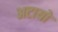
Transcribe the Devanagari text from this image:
अटायो